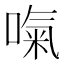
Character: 𠺪